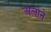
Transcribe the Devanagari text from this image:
अलोने